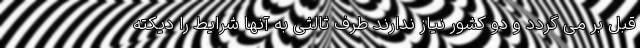
قبل بر می گردد و دو کشور نیاز ندارند طرف ثالثی به آنها شرایط را دیکته